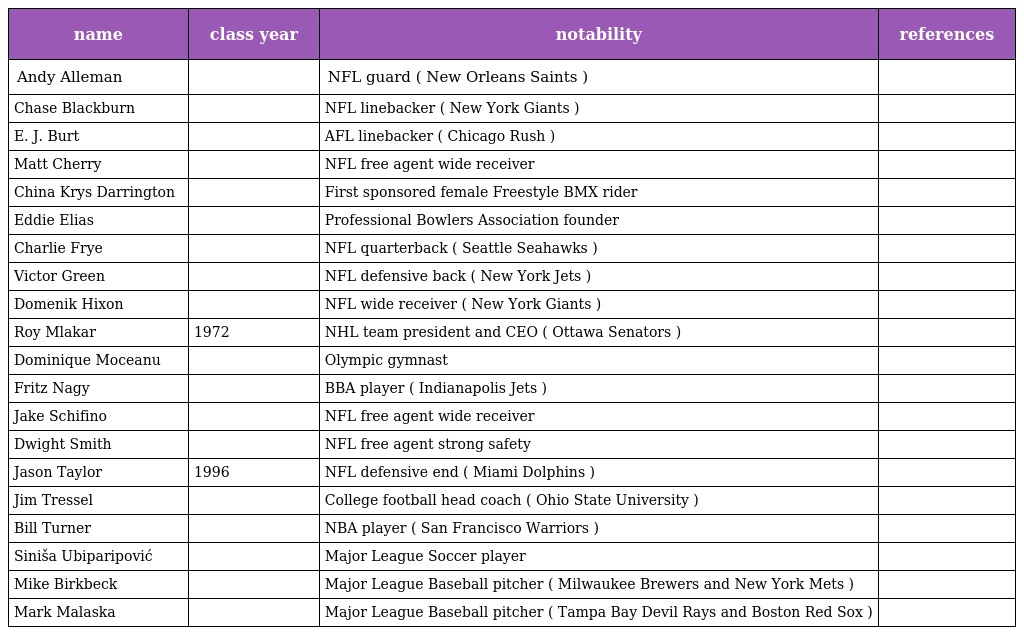
| name | class year | notability | references |
 | --- | --- | --- | --- |
 | Andy Alleman |  | NFL guard ( New Orleans Saints ) |  |
 | Chase Blackburn |  | NFL linebacker ( New York Giants ) |  |
 | E. J. Burt |  | AFL linebacker ( Chicago Rush ) |  |
 | Matt Cherry |  | NFL free agent wide receiver |  |
 | China Krys Darrington |  | First sponsored female Freestyle BMX rider |  |
 | Eddie Elias |  | Professional Bowlers Association founder |  |
 | Charlie Frye |  | NFL quarterback ( Seattle Seahawks ) |  |
 | Victor Green |  | NFL defensive back ( New York Jets ) |  |
 | Domenik Hixon |  | NFL wide receiver ( New York Giants ) |  |
 | Roy Mlakar | 1972 | NHL team president and CEO ( Ottawa Senators ) |  |
 | Dominique Moceanu |  | Olympic gymnast |  |
 | Fritz Nagy |  | BBA player ( Indianapolis Jets ) |  |
 | Jake Schifino |  | NFL free agent wide receiver |  |
 | Dwight Smith |  | NFL free agent strong safety |  |
 | Jason Taylor | 1996 | NFL defensive end ( Miami Dolphins ) |  |
 | Jim Tressel |  | College football head coach ( Ohio State University ) |  |
 | Bill Turner |  | NBA player ( San Francisco Warriors ) |  |
 | Siniša Ubiparipović |  | Major League Soccer player |  |
 | Mike Birkbeck |  | Major League Baseball pitcher ( Milwaukee Brewers and New York Mets ) |  |
 | Mark Malaska |  | Major League Baseball pitcher ( Tampa Bay Devil Rays and Boston Red Sox ) |  |